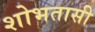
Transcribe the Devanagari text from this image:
शोभतासी